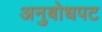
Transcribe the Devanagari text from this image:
अनुबोधपट